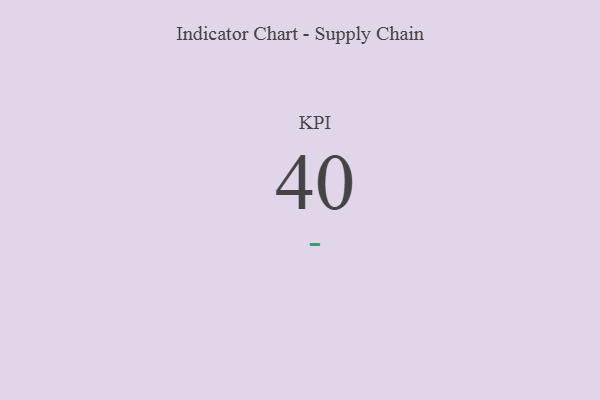
{"axis": {"x": "KPI", "y": "Value"}, "legend": [""], "data": [{"x": "KPI", "y": 40, "type": ""}]}